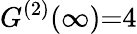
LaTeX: G^{(2)}(\infty){=}4